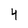
Character: 4